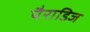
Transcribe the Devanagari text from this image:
पैराडिज